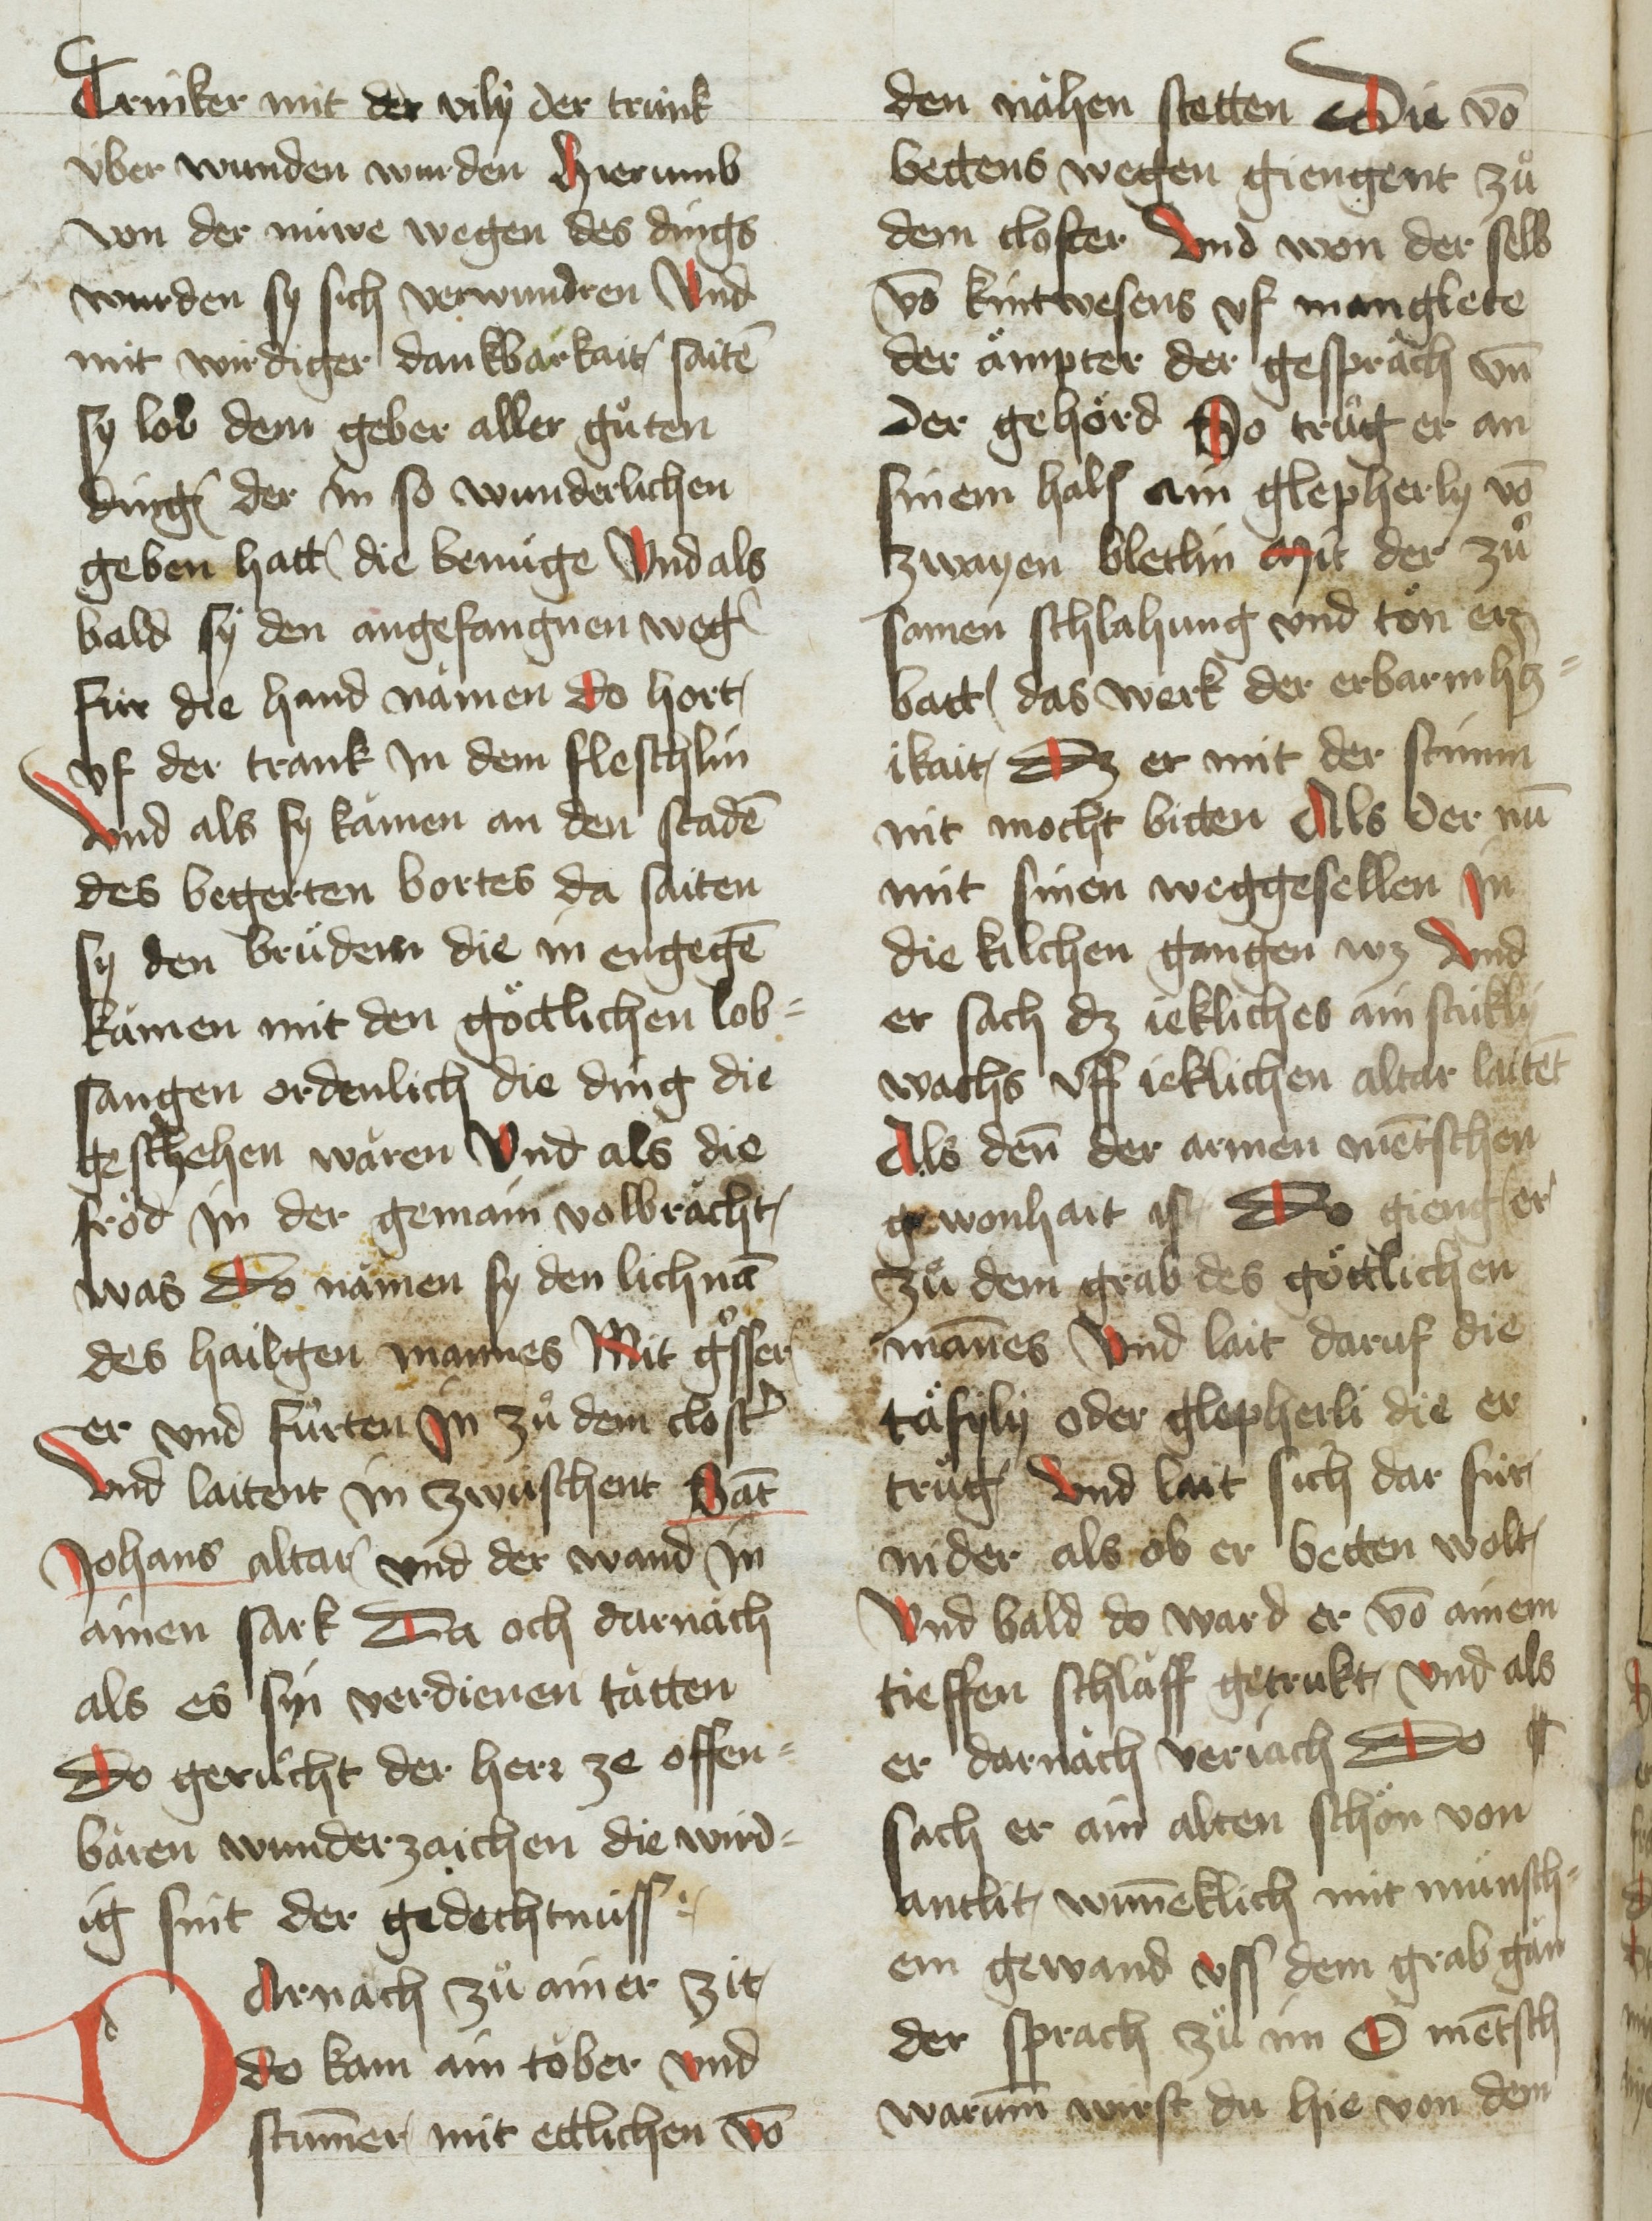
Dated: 1451–1460